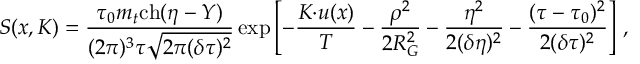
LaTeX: S ( x , K ) = \frac { \tau _ { 0 } m _ { t } \mathrm { c h } ( \eta - Y ) } { ( 2 \pi ) ^ { 3 } \tau \sqrt { 2 \pi ( \delta \tau ) ^ { 2 } } } \exp \left[ - \frac { K { \cdot } u ( x ) } { T } - \frac { \rho ^ { 2 } } { 2 R _ { G } ^ { 2 } } - \frac { \eta ^ { 2 } } { 2 ( \delta \eta ) ^ { 2 } } - \frac { ( \tau - \tau _ { 0 } ) ^ { 2 } } { 2 ( \delta \tau ) ^ { 2 } } \right] \, ,